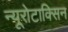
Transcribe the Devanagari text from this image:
न्यूरोटाक्सिन